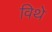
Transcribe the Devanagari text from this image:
विथे